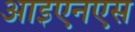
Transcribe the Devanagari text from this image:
आइएनएस